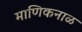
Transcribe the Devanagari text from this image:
माणिकनाळ